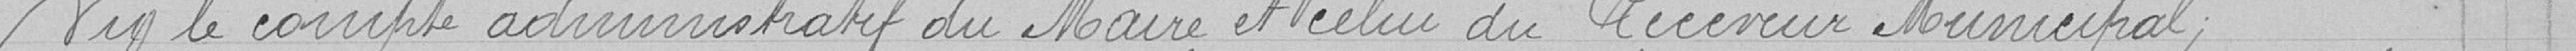
vu le compte administratif du Maire et celui du Receveur Municipal,